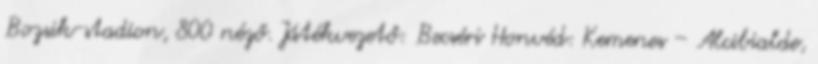
Bozsik-stadion, 800 néző. Játékvezető: Becséri Honvéd: Kemenes – Alcibialde,